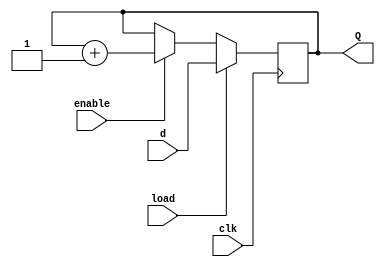
/*

Copyright 2022 Marc Ketel
SPDX-License-Identifier: Apache-2.0

*/

`default_nettype none

module count4 (
    input wire clk,
    input wire enable,
    input wire load,
    input wire [3:0] d,
    output reg [3:0] Q
);

  initial begin
    Q = 4'b0;
  end

  always @(posedge clk) begin
    if (load) begin
      Q <= d;
    end else if (enable) begin
      Q <= Q + 1'b1;
    end
  end

endmodule